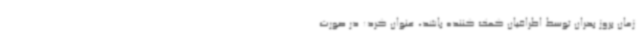
زمان بروز بحران توسط اطرافیان کمک کننده باشد، عنوان کرد: در صورت